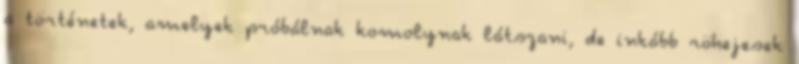
a történetek, amelyek próbálnak komolynak látszani, de inkább röhejesek